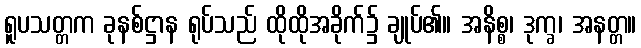
ရူပသတ္တက ခုနစ်ဋ္ဌာန ရုပ်သည် ထိုထိုအခိုက်၌ ချုပ်၏။ အနိစ္စ၊ ဒုက္ခ၊ အနတ္တ။